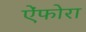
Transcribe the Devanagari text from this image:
ऐंफोरा